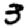
Digit: 3